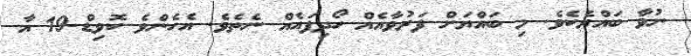
ނުވާ ބައްޔެކެވެ. މި ބައްޔަށް ފަރުވާއެއް ހޯދިފައެއް ނެތެވެ. އެހެންވެ ކޮވިޑް-19 އާ